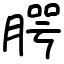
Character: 腭